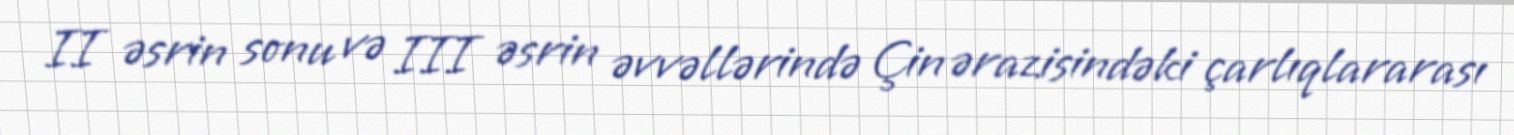
II əsrin sonu və III əsrin əvvəllərində Çin ərazisindəki çarlıqlararası